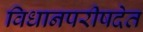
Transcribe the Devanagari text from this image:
विधानपरीषदेत